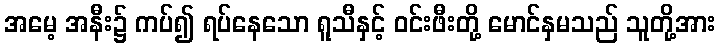
အမေ့ အနီး၌ ကပ်၍ ရပ်နေသော ရူသီနှင့် ဝင်းဖီးတို့ မောင်နှမသည် သူတို့အား